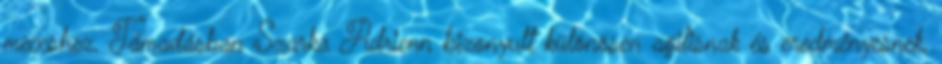
meccshez. Támadásban Szarka Adrienn bizonyult különösen agilisnak és eredményesnek,